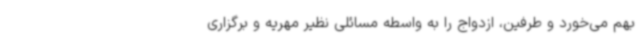
بهم می‌خورد و طرفین، ازدواج را به واسطه مسائلی نظیر مهریه و برگزاری